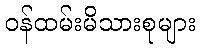
ဝန်ထမ်းမိသားစုများ